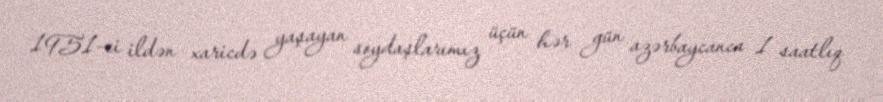
1951-ci ildən xaricdə yaşayan soydaşlarımız üçün hər gün azərbaycanca 1 saatlıq